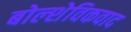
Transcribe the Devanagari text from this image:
बोल्शेविकवाद